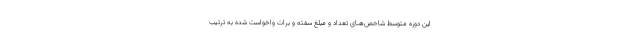
این دوره متوسط شاخص‌هـای تعداد و مبلغ سفته و برات واخواست شده به ترتیب